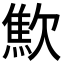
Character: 𣤚